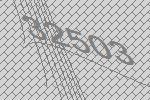
32503